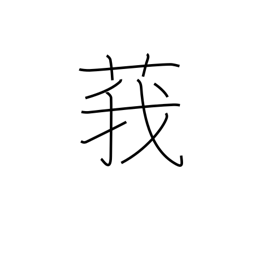
Meaning: type of thistle